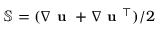
\mathbb { S } = ( \nabla \textbf { u } + \nabla \textbf { u } ^ { \intercal } ) / 2